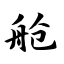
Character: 舱